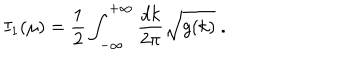
I _ { 1 } ( \mu ) = { \frac { 1 } { 2 } } \int _ { - \infty } ^ { + \infty } \frac { d k } { 2 \pi } { \sqrt { g ( k ) } } \; .